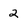
Character: 2